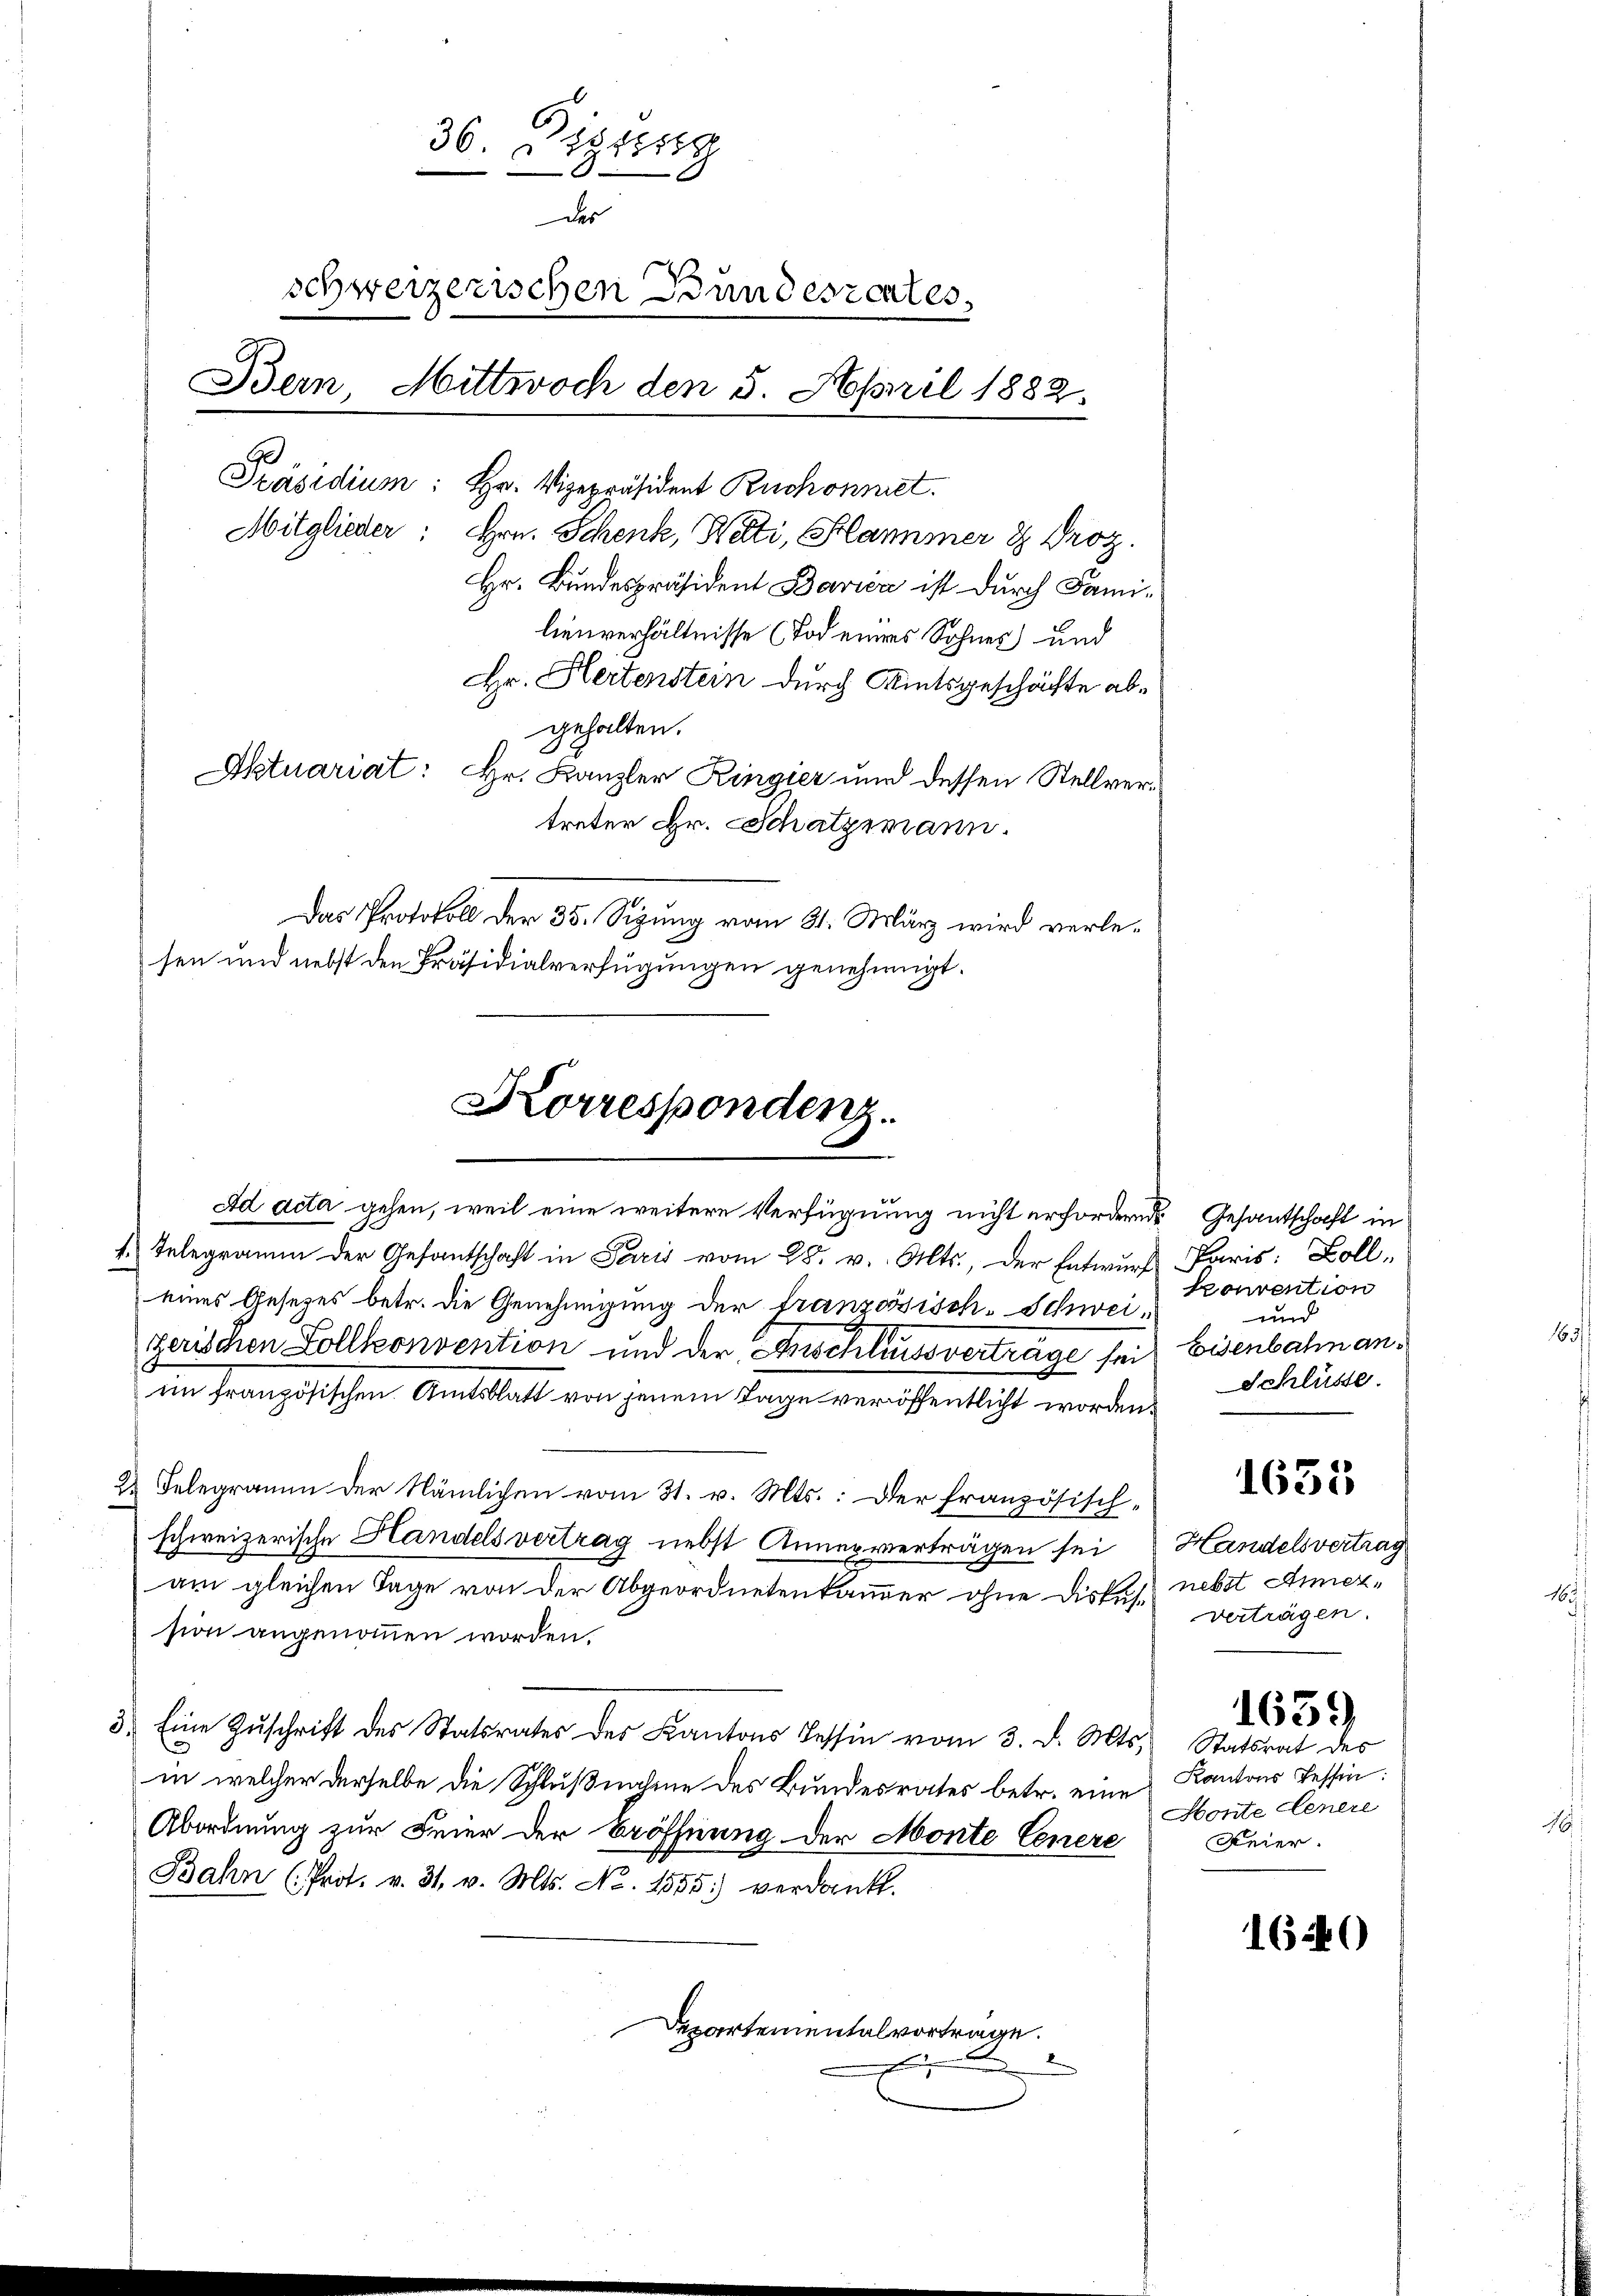
36. Distrig
des
schweizerischen Bundeszcates,
Bern, Mittwoch den 5. April 1882.
Präsidium: Hr. Vizepräsident Ruchonnet.
Mitglieder: Hrn. Schenk, Nati, Hammer & Droz.
Hr. Bundespräsident Barica ist durch Familienverhältnisse (Tod eines Sohnes und
Hr. Hertenstein durch Amtsgeschäfte abgehalten.
Aktuariat: Hr. Kanzler Ringier und dessen Stellvertreter Hr. Schatzmann.
Das Protokoll der 35. Sizung vom 31. März wird verle¬

Ad acta gehen, weil eine weitere Verfügung nicht erfordern Gesandtschaft in
1. Telegramm der Gesantschaft in Paris vom 28. v. Alts., der Entwurf
eines Gesetzes betr. die Genehmigung der französisch-Schweizerischen Vollkonvention und der Anschliessvertrage sei
im französischen Amtsblatt von jenem Tage veröffentlicht worden.
2. Telegramm der Nämlichen vom 31. v. Mts.: Der französisch-
schweizerische Handelsvertrag nebst Anner verträgen sei
am gleichen Tage von der Abgeordnetenkammer ohne Diskussion angenommen worden.
3. Eine Zŭschrift des Statsrates des Kantons Tessin vom 3. d. Mts. Statsrat des
in welcher derselbe die Schlußnahme des Bundesrates betr. eine
Abordnung zur Feier der Eröffnung der Monte Genere
Bahn (Prot. v. 31. v. Mts. No. 1555.) verdankt.
Departemental vortrage.
2

sen und nebst den Präsidialverfügungen genehmigt.

Korrespondenz.

Paris: Boll
Convention
und
Eisenbahn an¬
Schlüsse.

1633

Handelsvertrag
nebst Anner,
verträgen.

Kantons Tessin:
Honte Genere
Feier.

1639

1640